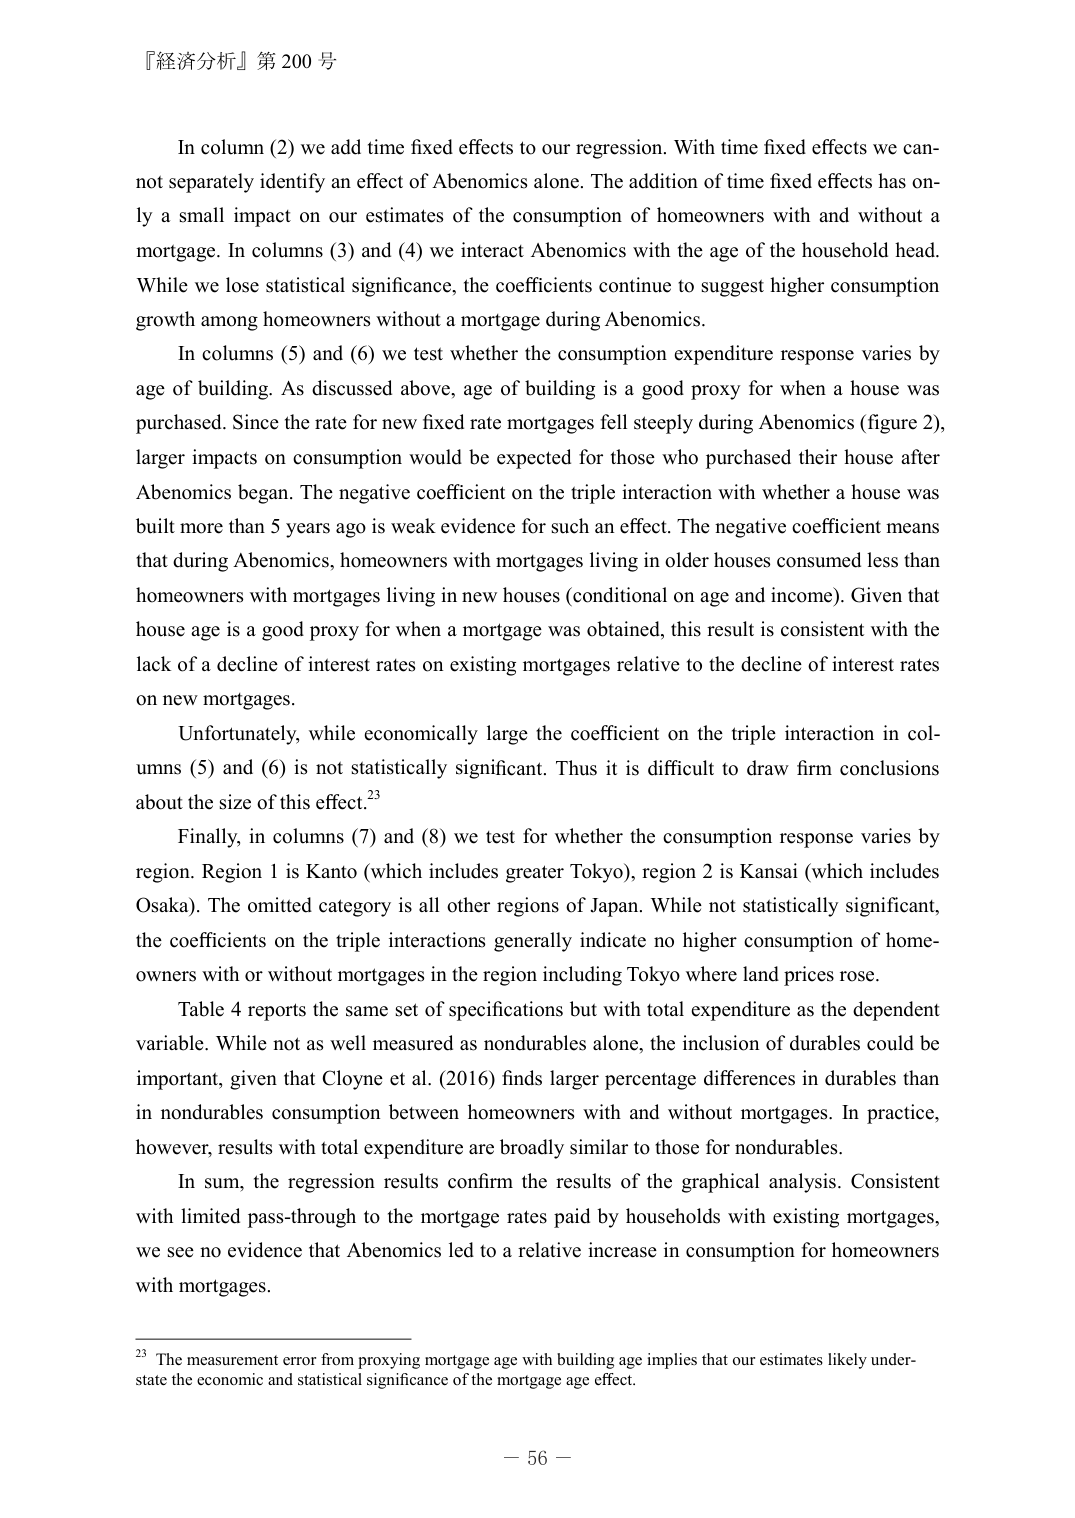
『経済分析』第 200 号

In column (2) we add time fixed effects to our regression. With time fixed effects we cannot separately identify an effect of Abenomics alone. The addition of time fixed effects has only a small impact on our estimates of the consumption of homeowners with and without a mortgage. In columns (3) and (4) we interact Abenomics with the age of the household head. While we lose statistical significance, the coefficients continue to suggest higher consumption growth among homeowners without a mortgage during Abenomics.

In columns (5) and (6) we test whether the consumption expenditure response varies by age of building. As discussed above, age of building is a good proxy for when a house was purchased. Since the rate for new fixed rate mortgages fell steeply during Abenomics (figure 2), larger impacts on consumption would be expected for those who purchased their house after Abenomics began. The negative coefficient on the triple interaction with whether a house was built more than 5 years ago is weak evidence for such an effect. The negative coefficient means that during Abenomics, homeowners with mortgages living in older houses consumed less than homeowners with mortgages living in new houses (conditional on age and income). Given that house age is a good proxy for when a mortgage was obtained, this result is consistent with the lack of a decline of interest rates on existing mortgages relative to the decline of interest rates on new mortgages.

Unfortunately, while economically large the coefficient on the triple interaction in columns (5) and (6) is not statistically significant. Thus it is difficult to draw firm conclusions about the size of this effect.²³

Finally, in columns (7) and (8) we test for whether the consumption response varies by region. Region 1 is Kanto (which includes greater Tokyo), region 2 is Kansai (which includes Osaka). The omitted category is all other regions of Japan. While not statistically significant, the coefficients on the triple interactions generally indicate no higher consumption of homeowners with or without mortgages in the region including Tokyo where land prices rose.

Table 4 reports the same set of specifications but with total expenditure as the dependent variable. While not as well measured as nondurables alone, the inclusion of durables could be important, given that Cloyne et al. (2016) finds larger percentage differences in durables than in nondurables consumption between homeowners with and without mortgages. In practice, however, results with total expenditure are broadly similar to those for nondurables.

In sum, the regression results confirm the results of the graphical analysis. Consistent with limited pass-through to the mortgage rates paid by households with existing mortgages, we see no evidence that Abenomics led to a relative increase in consumption for homeowners with mortgages.

²³ The measurement error from proxying mortgage age with building age implies that our estimates likely understate the economic and statistical significance of the mortgage age effect.

－ 56 －